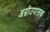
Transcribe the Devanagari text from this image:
अग्नीउपासक